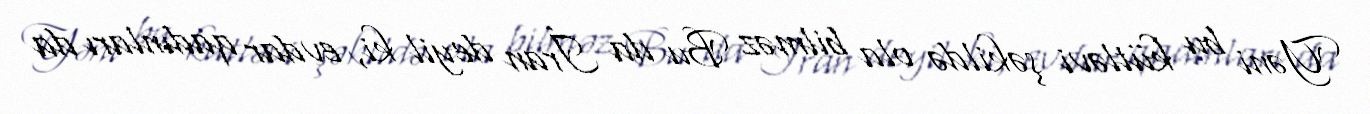
Yəni bu kütləvi şəkildə ola bilməz Bu da İran deyil ki, evdar qadınları da